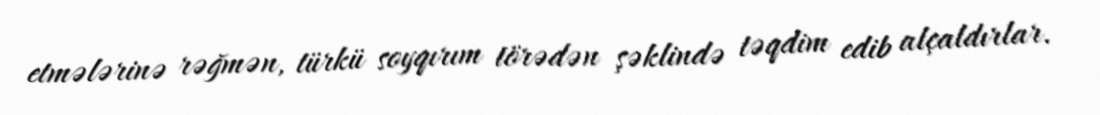
etmələrinə rəğmən, türkü soyqırım törədən şəklində təqdim edib alçaldırlar.